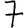
Digit: 7